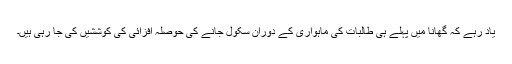
یاد رہے کہ گھانا میں پہلے ہی طالبات کی ماہواری کے دوران سکول جانے کی حوصلہ افزائی کی کوششیں کی جا رہی ہیں۔